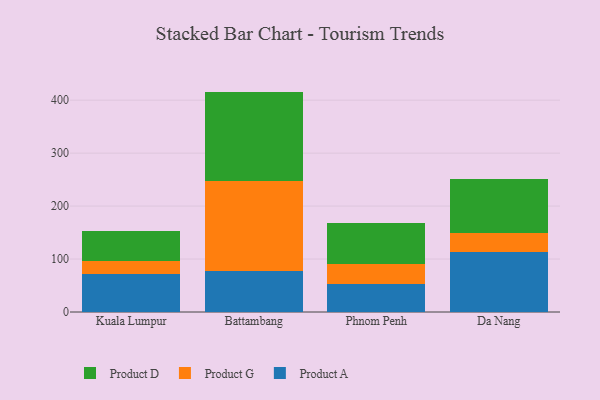
{"axis": {"x": "City", "y": "Production Output"}, "legend": ["Product A", "Product D", "Product G"], "data": [{"x": "Kuala Lumpur", "y": 71.8, "type": "Product A"}, {"x": "Kuala Lumpur", "y": 24.3, "type": "Product G"}, {"x": "Kuala Lumpur", "y": 56.2, "type": "Product D"}, {"x": "Battambang", "y": 77.2, "type": "Product A"}, {"x": "Battambang", "y": 169.6, "type": "Product G"}, {"x": "Battambang", "y": 169.4, "type": "Product D"}, {"x": "Phnom Penh", "y": 53.4, "type": "Product A"}, {"x": "Phnom Penh", "y": 36.5, "type": "Product G"}, {"x": "Phnom Penh", "y": 78.1, "type": "Product D"}, {"x": "Da Nang", "y": 112.8, "type": "Product A"}, {"x": "Da Nang", "y": 37.1, "type": "Product G"}, {"x": "Da Nang", "y": 100.5, "type": "Product D"}]}